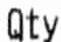
QTY